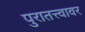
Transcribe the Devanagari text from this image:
पुरातत्त्वावर